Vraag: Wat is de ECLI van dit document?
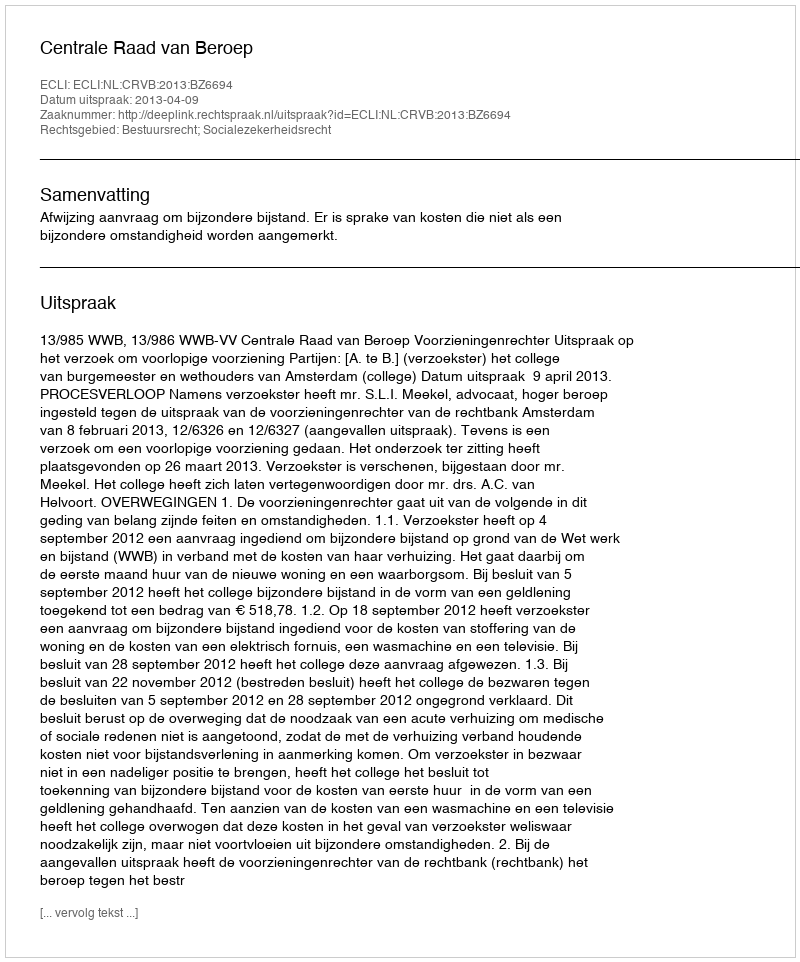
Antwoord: ECLI:NL:CRVB:2013:BZ6694